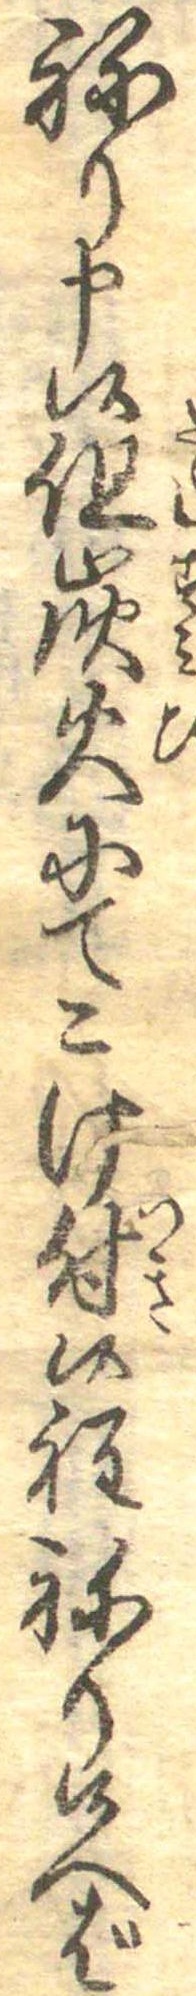
ねり申候但炭火にてこけ付候程ねり候へば